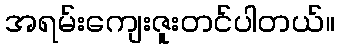
အရမ်းကျေးဇူးတင်ပါတယ်။